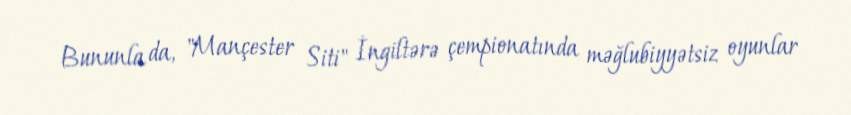
Bununla da, "Mançester Siti" İngiltərə çempionatında məğlubiyyətsiz oyunlar